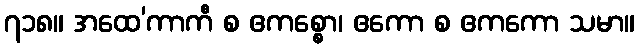
၇၁၈။ အထေ’ကာကီ စ ဧကစ္စော၊ ဧကော စ ဧကကော သမာ။